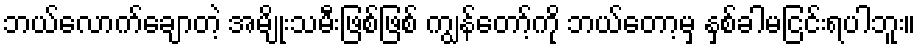
ဘယ်လောက်ချောတဲ့ အမျိုးသမီးဖြစ်ဖြစ် ကျွန်တော့်ကို ဘယ်တော့မှ နှစ်ခါမငြင်းရပါဘူး။